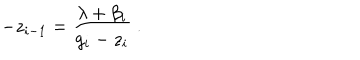
LaTeX: - z _ { i - 1 } = \frac { \lambda + \beta _ { i } } { g _ { i } - z _ { i } } ~ .